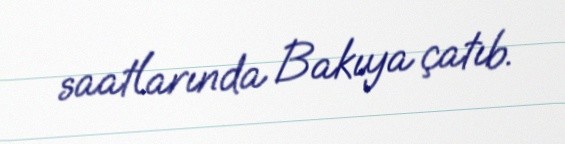
saatlarında Bakıya çatıb.